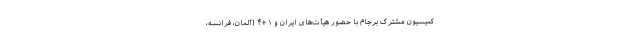
کمیسیون مشترک برجام با حضور هیأت‌های ایران و ۱+۴ (آلمان، فرانسه،